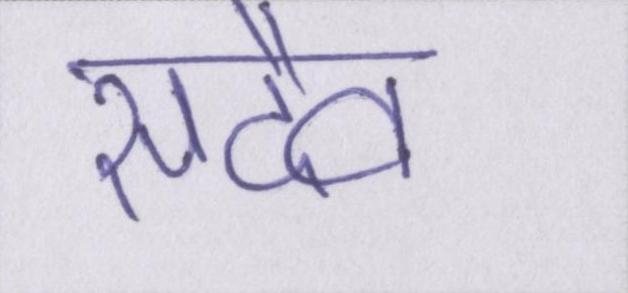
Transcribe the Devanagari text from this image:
सदैव